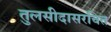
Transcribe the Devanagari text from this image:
तुलसीदासरचित